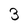
Character: 3